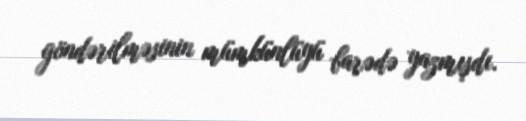
göndərilməsinin mümkünlüyü barədə yazmışdı.